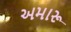
અમારૂ